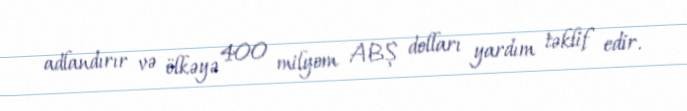
adlandırır və ölkəyə 400 milyom ABŞ dolları yardım təklif edir.